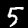
Digit: 5